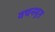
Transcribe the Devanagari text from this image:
वचनमृत